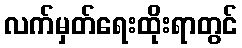
လက်မှတ်ရေးထိုးရာတွင်